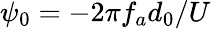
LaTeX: \psi_{0}=-2\pi f_{a}d_{0}/U